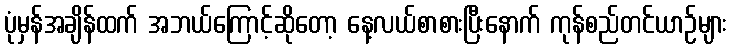
ပုံမှန်အချိန်ထက် အဘယ်ကြောင့်ဆိုတော့ နေ့လယ်စာစားပြီးနောက် ကုန်စည်တင်ယာဉ်များ